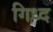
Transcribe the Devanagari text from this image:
गिध्द